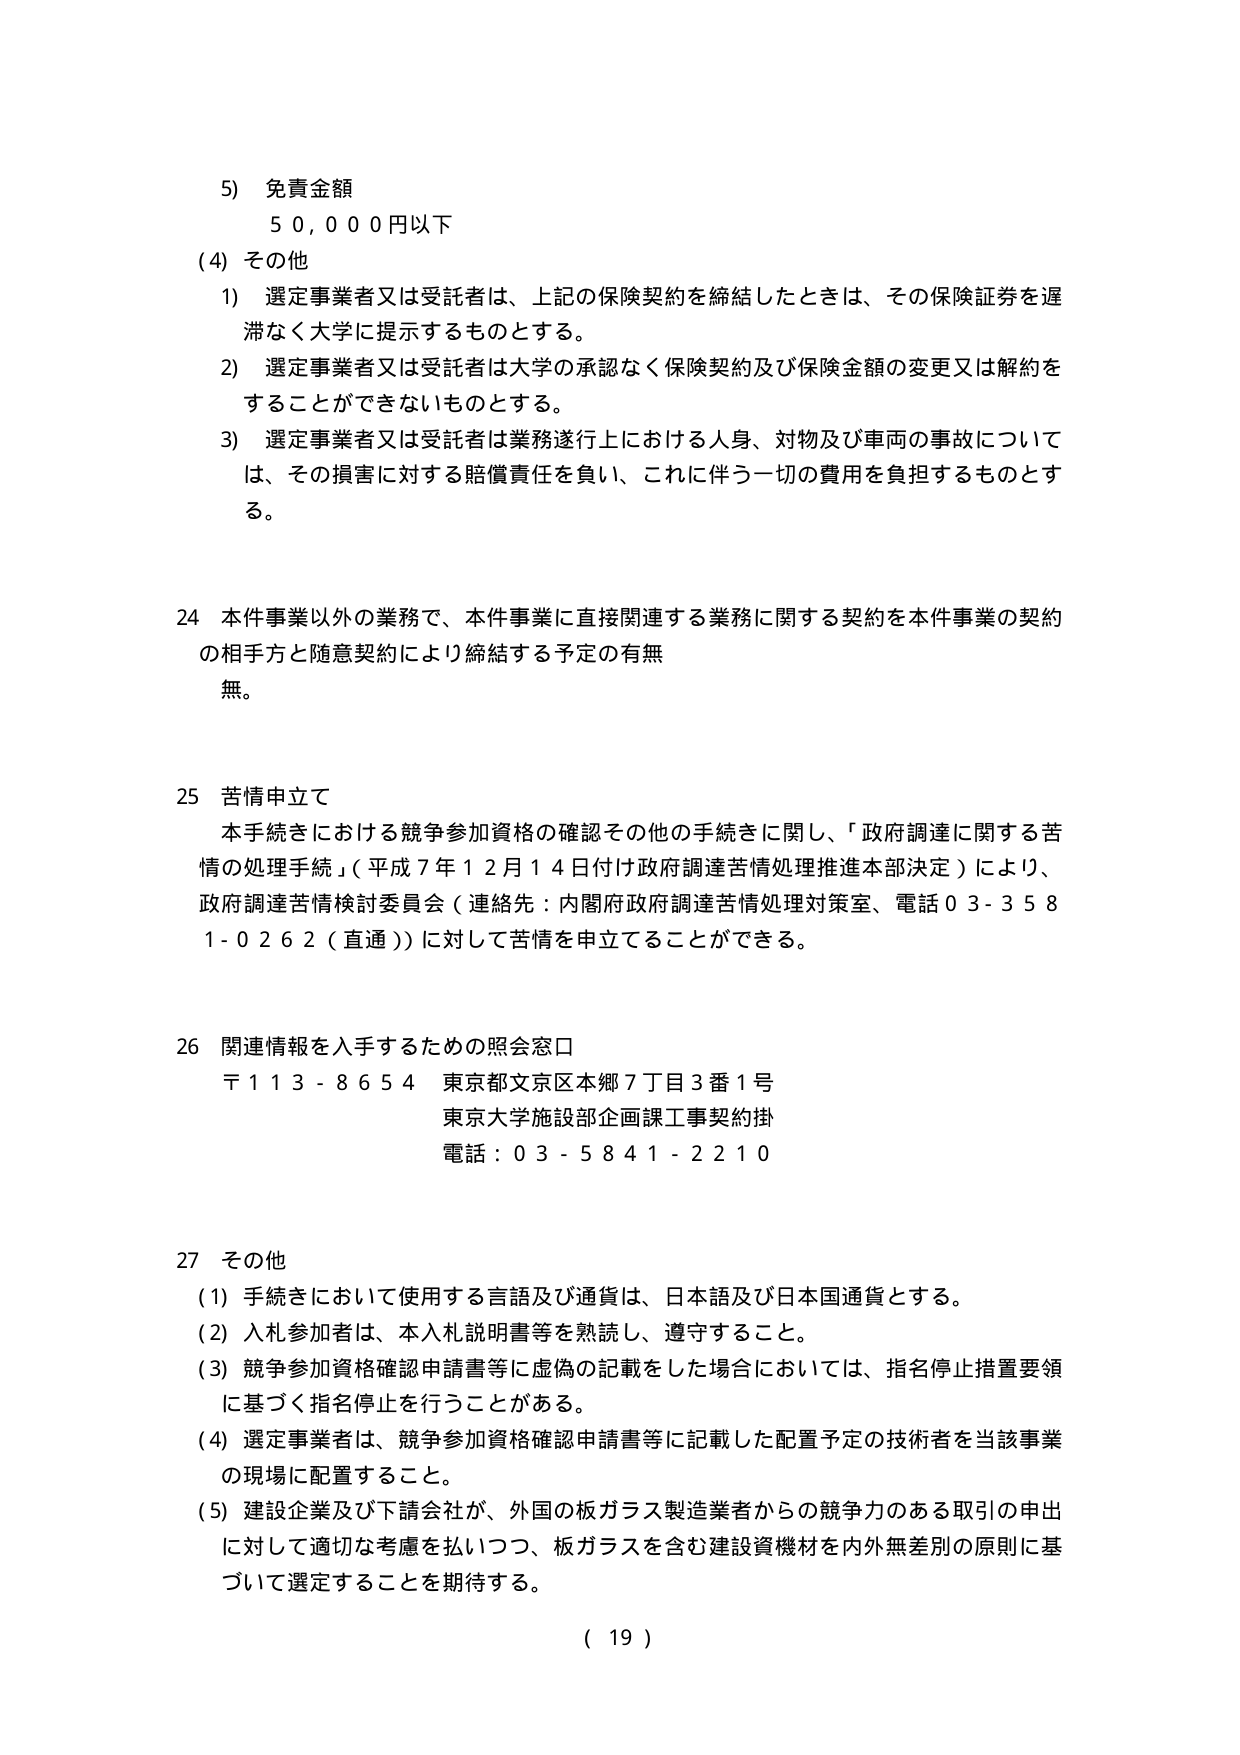
5) 免責金額
50,000円以下

(4) その他
1) 選定事業者又は受託者は、上記の保険契約を締結したときは、その保険証券を遅滞なく大学に提示するものとする。
2) 選定事業者又は受託者は大学の承認なく保険契約及び保険金額の変更又は解約をすることができないものとする。
3) 選定事業者又は受託者は業務遂行上における人身、対物及び車両の事故については、その損害に対する賠償責任を負い、これに伴う一切の費用を負担するものとする。

24 本件事業以外の業務で、本件事業に直接関連する業務に関する契約を本件事業の契約の相手方と随意契約により締結する予定の有無
無。

25 苦情申立て
本手続きにおける競争参加資格の確認その他の手続きに関し、「政府調達に関する苦情の処理手続」（平成7年12月14日付け政府調達苦情処理推進本部決定）により、政府調達苦情検討委員会（連絡先：内閣府政府調達苦情処理対策室、電話03-3581-0262（直通））に対して苦情を申立てることができる。

26 関連情報を入手するための照会窓口
〒113-8654 東京都文京区本郷7丁目3番1号
東京大学施設部企画課工事契約掛
電話：03-5841-2210

27 その他
(1) 手続きにおいて使用する言語及び通貨は、日本語及び日本国通貨とする。
(2) 入札参加者は、本入札説明書等を熟読し、遵守すること。
(3) 競争参加資格確認申請書等に虚偽の記載をした場合においては、指名停止措置要領に基づく指名停止を行うことがある。
(4) 選定事業者は、競争参加資格確認申請書等に記載した配置予定の技術者を当該事業の現場に配置すること。
(5) 建設企業及び下請会社が、外国の板ガラス製造業者からの競争力のある取引の申出に対して適切な考慮を払いつつ、板ガラスを含む建設資機材を内外無差別の原則に基づいて選定することを期待する。

( 19 )